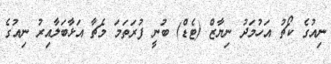
ނިއުގެ ކޯޗު އަހުމަދު ނިޔާޒް (ޓެޑް) ބުނީ ފުރަތަމަ މެޗާ އަޅާބަލާއިރު ނިއުގެ